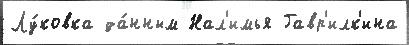
Лу́ковка да́нным Нал'имья Гавр'илк'ина